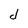
Character: d